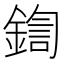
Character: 鍧